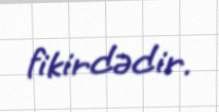
fikirdədir.